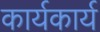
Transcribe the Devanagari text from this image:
कार्यकार्य